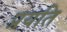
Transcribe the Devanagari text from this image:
प्रयति